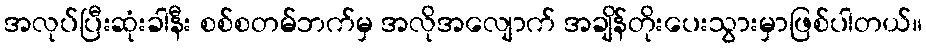
အလုပ်ပြီးဆုံးခါနီး စစ်စတမ်ဘက်မှ အလိုအလျောက် အချိန်တိုးပေးသွားမှာဖြစ်ပါတယ်။